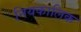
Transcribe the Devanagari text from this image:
नियकालिक